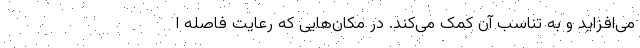
می‌افزاید و به تناسب آن کمک می‌کند. در مکان‌هایی که رعایت فاصله ا